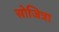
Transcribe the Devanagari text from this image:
सोजित्रा